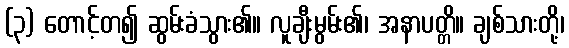
(၃) တောင့်တ၍ ဆွမ်းခံသွား၏။ လူချီးမွမ်း၏၊ အနာပတ္တိ။ ချစ်သားတို့၊